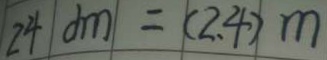
2 4 d m = ( 2 . 4 ) m